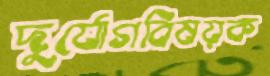
দুর্যোগবিষয়ক